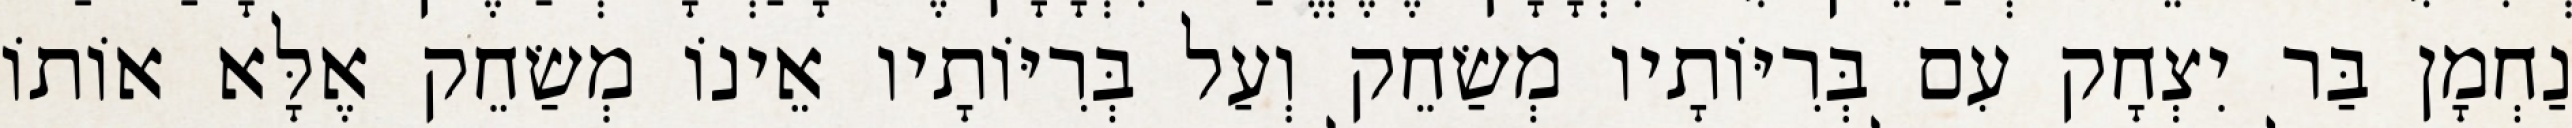
נַחְמָן בַּר יִצְחָק עִם בְּרִיּוֹתָיו מְשַׂחֵק וְעַל בְּרִיּוֹתָיו אֵינוֹ מְשַׂחֵק אֶלָּא אוֹתוֹ